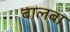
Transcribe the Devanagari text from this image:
बालबा